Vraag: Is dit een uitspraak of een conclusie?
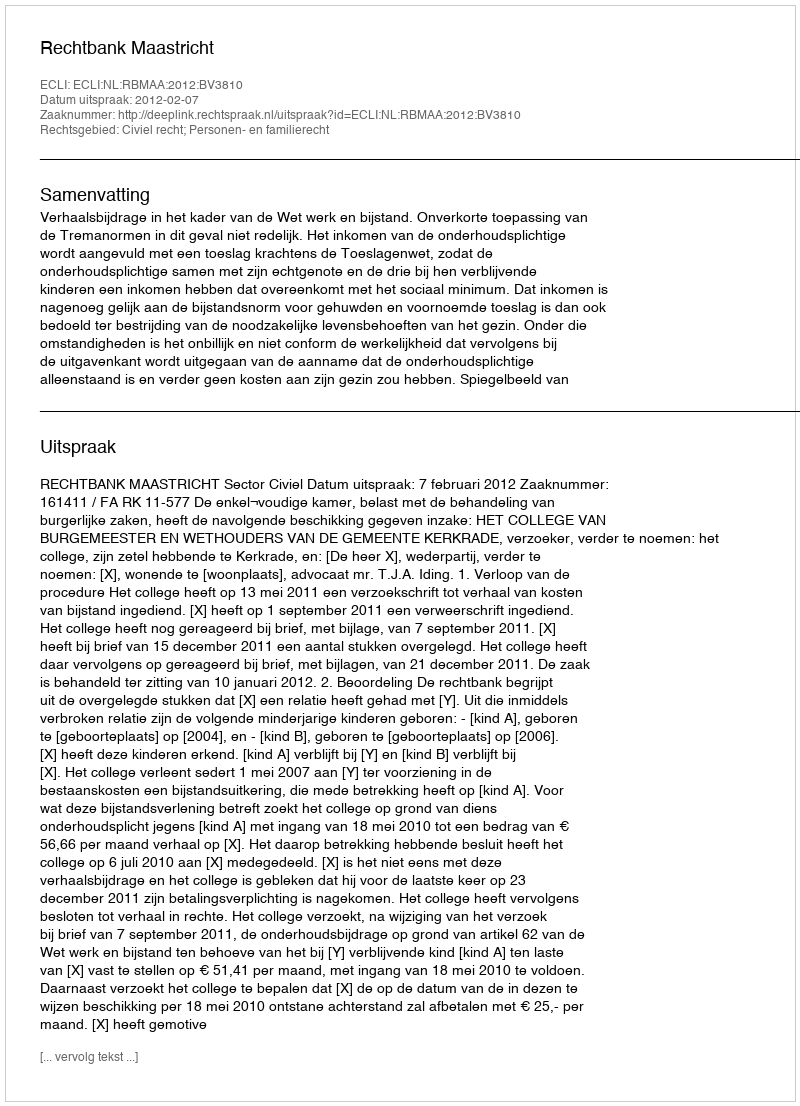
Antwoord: Uitspraak